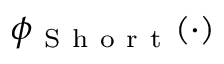
\phi _ { \mathrm { ~ S ~ h ~ o ~ r ~ t ~ } } ( \cdot )